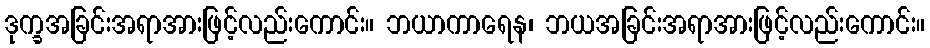
ဒုက္ခအခြင်းအရာအားဖြင့်လည်းကောင်း။ ဘယာကာရေန၊ ဘယအခြင်းအရာအားဖြင့်လည်းကောင်း။